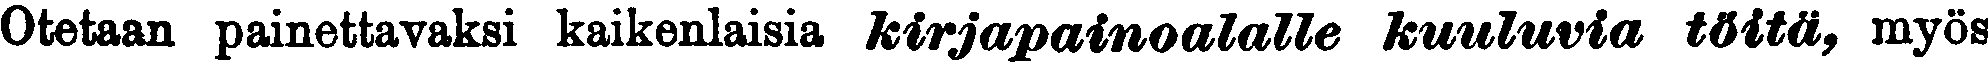
Otetaan painettavaksi kaikenlaisia kirjapainoalalle kuuluvia töitä, myös